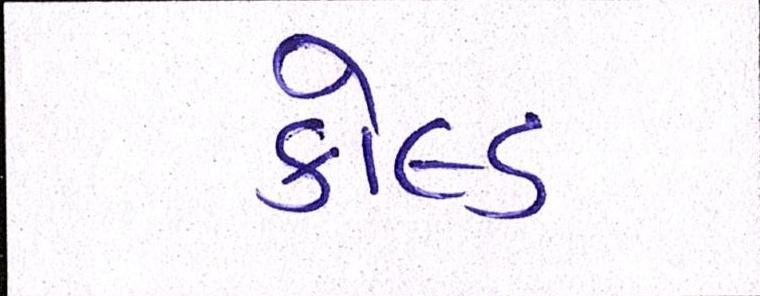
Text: કોલ્ડ